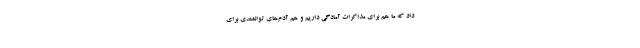
داد که ما هم برای مذاکرات آمادگی داریم و هم آدم‌های توانمندی برای